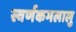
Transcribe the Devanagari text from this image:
स्वर्णकमलालु